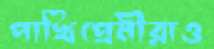
পাখিপ্রেমীরাও